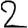
Digit: 2